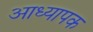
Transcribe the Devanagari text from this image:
आध्यापक